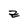
Character: z